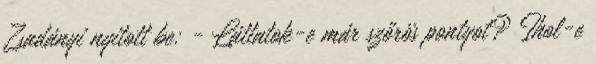
Zsadányi nyitott be: - Láttatok-e már szőrös pontyot? Ihol-e